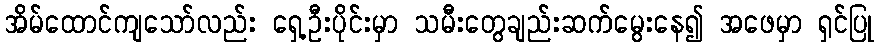
အိမ်ထောင်ကျသော်လည်း ရှေ့ဦးပိုင်းမှာ သမီးတွေချည်းဆက်မွေးနေ၍ အဖေမှာ ရှင်ပြု